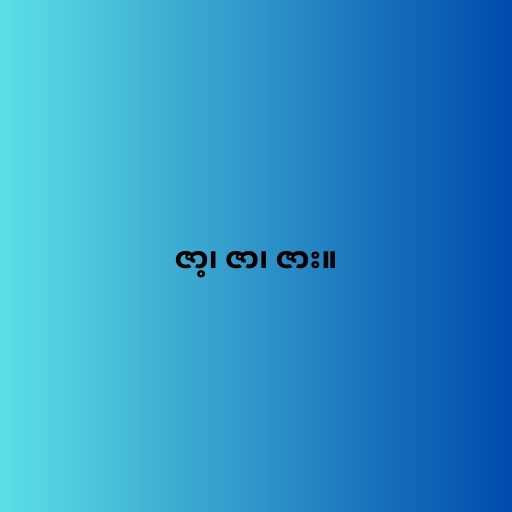
ဇာ့၊ ဇာ၊ ဇား။